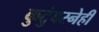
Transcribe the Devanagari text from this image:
कुटुंबस्नेही